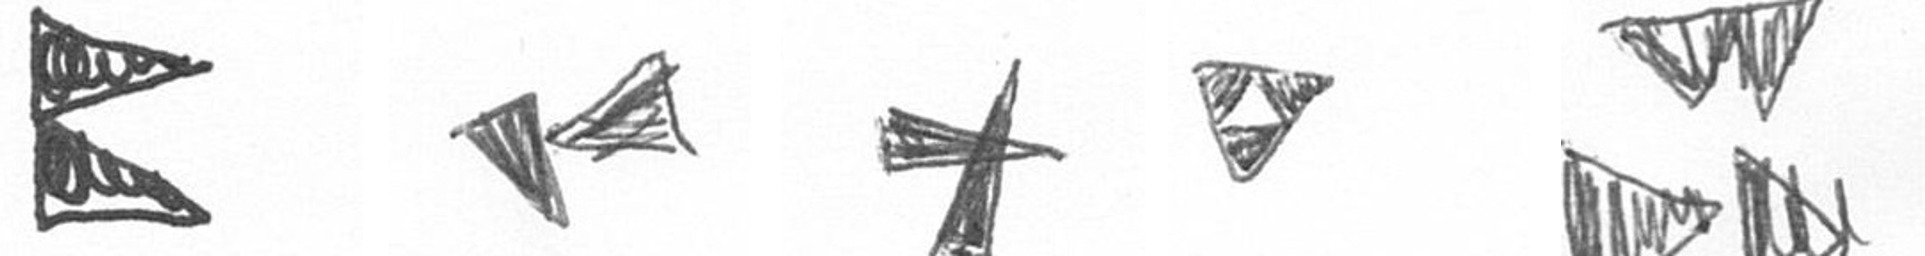
P F G S B